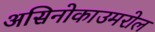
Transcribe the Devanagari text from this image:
असिनोकाउमरोल